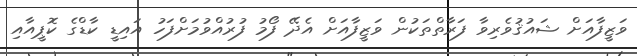
ވަޒީފާއަށް ޝައުޤުވެރިވާ ފަރާތްތަކުން ވަޒީފާއަށް އެދޭ ފޯމު ފުރުއްވުމަށްފަހު އައިޑީ ކާޑްގެ ކޮޕީއާއި